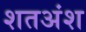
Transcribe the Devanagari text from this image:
शतअंश